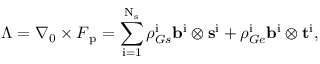
\boldsymbol { \Lambda } = \nabla _ { 0 } \times \boldsymbol { F } _ { \mathrm { p } } = \sum _ { \mathrm { i } = 1 } ^ { \mathrm { N } _ { \mathrm { s } } } \rho _ { G s } ^ { \mathrm { i } } \mathbf { b } ^ { \mathrm { i } } \otimes \mathbf { s } ^ { \mathrm { i } } + \rho _ { G e } ^ { \mathrm { i } } \mathbf { b } ^ { \mathrm { i } } \otimes \mathbf { t } ^ { \mathrm { i } } \mathrm { , }